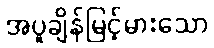
အပူချိန်မြင့်မားသော